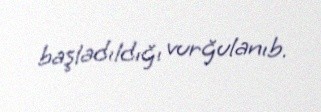
başladıldığı vurğulanıb.